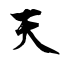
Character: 天